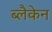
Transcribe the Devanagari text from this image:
ब्लैकेन